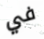
في